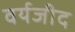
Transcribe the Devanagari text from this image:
वर्यजीद